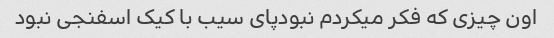
اون چیزی که فکر میکردم نبودپای سیب با کیک اسفنجی نبود